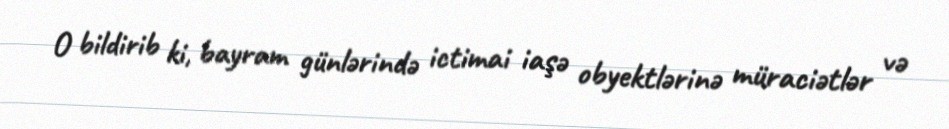
O bildirib ki, bayram günlərində ictimai iaşə obyektlərinə müraciətlər və